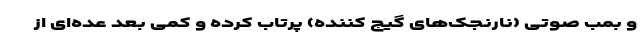
و بمب صوتی (نارنجک‌های گیج کننده) پرتاب کرده و کمی بعد عده‌ای از